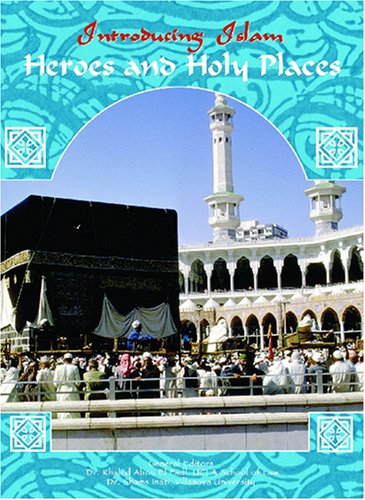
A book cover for Heroes and Holy Places (Introducing Islam); Khaled Abou El Fadl; Teen & Young Adult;